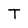
Character: T